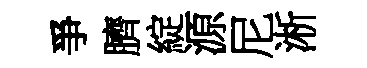
爭臍綻源尼淅